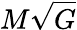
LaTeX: M{\sqrt{G}}